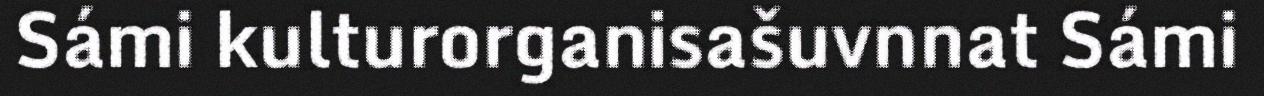
Sámi kulturorganisašuvnnat Sámi